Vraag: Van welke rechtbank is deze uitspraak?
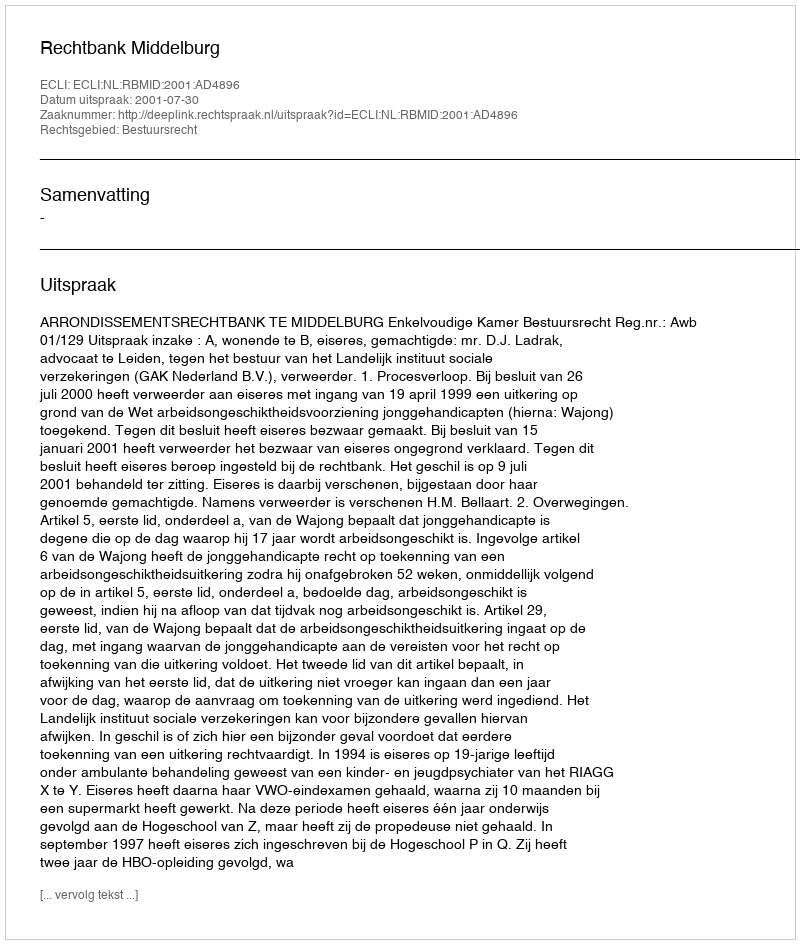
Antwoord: Rechtbank Middelburg